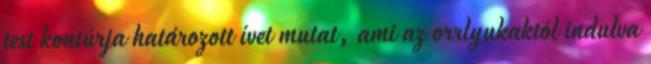
test kontúrja határozott ívet mutat, ami az orrlyukaktól indulva